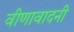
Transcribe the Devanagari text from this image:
वीणावादनी